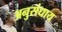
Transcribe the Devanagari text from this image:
अनुसंधाय